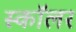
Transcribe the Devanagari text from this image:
स्काॅलर